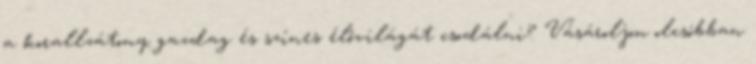
a korallzátony gazdag és színes élővilágát csodálni? Vásároljon olcsóbban